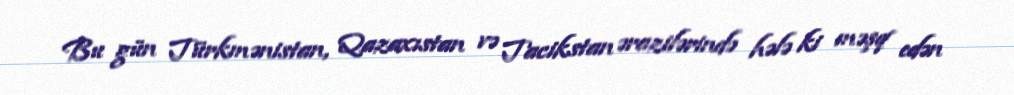
Bu gün Türkmənistan, Qazaxıstan və Tacikstan ərazilərində hələ ki məşq edən